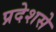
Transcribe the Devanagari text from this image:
प्रदेशसे